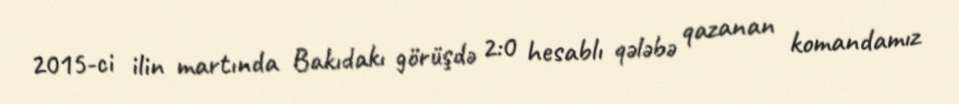
2015-ci ilin martında Bakıdakı görüşdə 2:0 hesablı qələbə qazanan komandamız